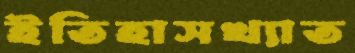
ইতিহাসখ্যাত